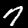
Label: 7